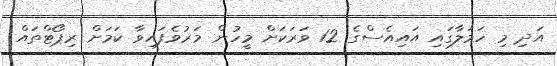
އަދި މި ހަމަލާގައި އައިއެސްގެ 12 ވަރަކަށް މީހުން މަރުވެފައިވާ ކަމަށް ރިޕޯޓްތައް